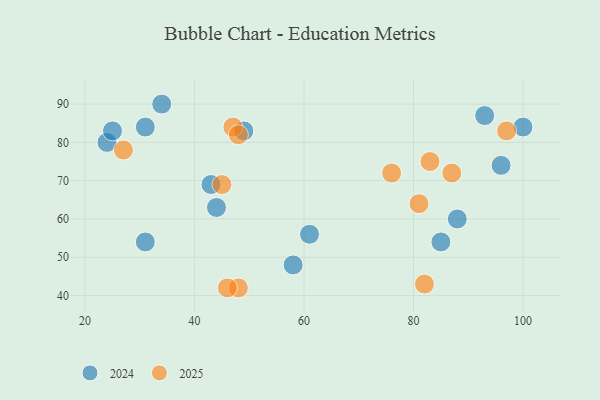
{"axis": {"x": "GDP", "y": "Life Expectancy"}, "legend": ["2024", "2025"], "data": [{"x": "48", "y": 42, "type": "2025"}, {"x": "47", "y": 84, "type": "2025"}, {"x": "76", "y": 72, "type": "2025"}, {"x": "87", "y": 72, "type": "2025"}, {"x": "45", "y": 69, "type": "2025"}, {"x": "48", "y": 82, "type": "2025"}, {"x": "46", "y": 42, "type": "2025"}, {"x": "27", "y": 78, "type": "2025"}, {"x": "81", "y": 64, "type": "2025"}, {"x": "82", "y": 43, "type": "2025"}, {"x": "83", "y": 75, "type": "2025"}, {"x": "97", "y": 83, "type": "2025"}, {"x": "58", "y": 48, "type": "2024"}, {"x": "61", "y": 56, "type": "2024"}, {"x": "88", "y": 60, "type": "2024"}, {"x": "49", "y": 83, "type": "2024"}, {"x": "43", "y": 69, "type": "2024"}, {"x": "34", "y": 90, "type": "2024"}, {"x": "31", "y": 54, "type": "2024"}, {"x": "100", "y": 84, "type": "2024"}, {"x": "24", "y": 80, "type": "2024"}, {"x": "85", "y": 54, "type": "2024"}, {"x": "93", "y": 87, "type": "2024"}, {"x": "31", "y": 84, "type": "2024"}, {"x": "25", "y": 83, "type": "2024"}, {"x": "44", "y": 63, "type": "2024"}, {"x": "96", "y": 74, "type": "2024"}]}